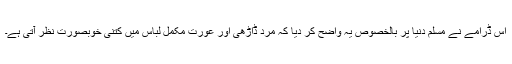
اس ڈرامے نے مسلم دنیا پر بالخصوص یہ واضح کر دیا کہ مرد ڈاڑھی اور عورت مکمل لباس میں کتنی خوبصورت نظر آتی ہے۔